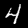
Digit: 4